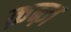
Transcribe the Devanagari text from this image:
क़ब्ज़